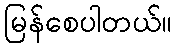
မြန်စေပါတယ်။